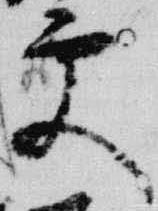
更